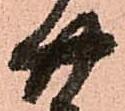
廿